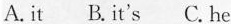
A.it B.it's C.he